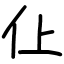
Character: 仩